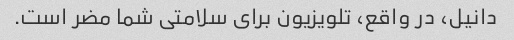
دانیل، در واقع، تلویزیون برای سلامتی شما مضر است.